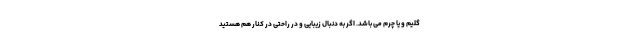
گلیم و یا چرم می باشد. اگر به دنبال زیبایی و در راحتی در کنار هم هستید